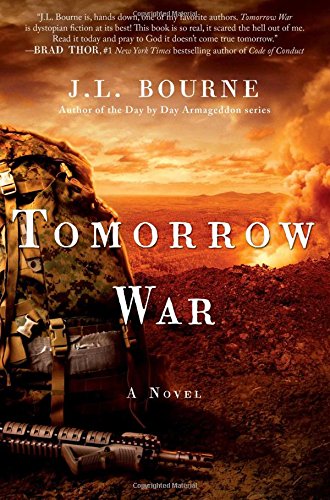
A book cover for Tomorrow War: The Chronicles of Max [Redacted]; J. L. Bourne; Mystery, Thriller & Suspense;